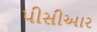
પીસીઆર